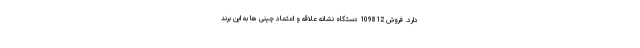
دارد. فروش 109812 دستگاه نشانه علاقه و اعتماد چینی ها به این برند